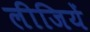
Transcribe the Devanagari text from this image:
लीजियें